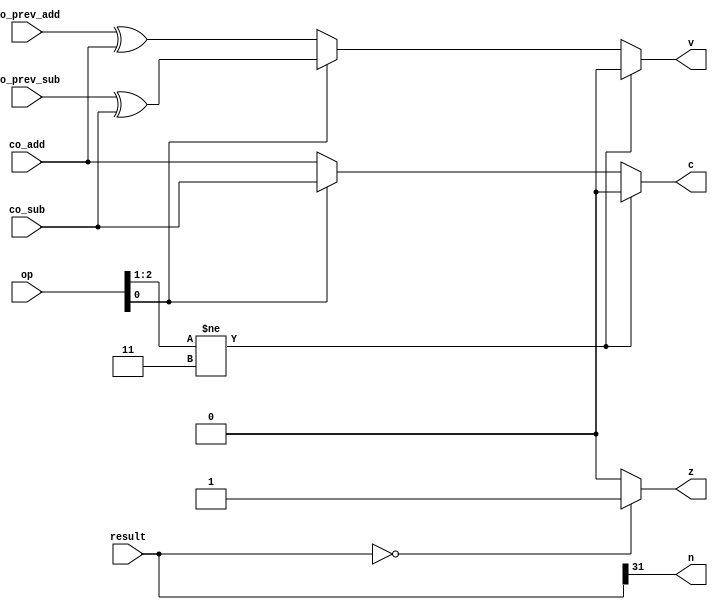
module cal_flags32(op, result, co_add, co_prev_add, co_sub, co_prev_sub,c,n,z,v); // this module's goal is to find and print c,n,z,v
input [2:0] op; // define 3 bits input op. it means op code 
input [31:0] result; // define 32 bits input result 
input co_add, co_prev_add, co_sub, co_prev_sub; // define input co_add, co_sub, co_prev_add, co_prev_sub 
output c,n,z,v; // define output c,n,z,v

// c == carry out
// c = 110 -> co_add / c = 111 -> co_sub
assign c = (op[2:1] != 2'b11) ? 1'b0 : ((op[0] == 1'b0) ? co_add : co_sub);
// n == negative	
// sign bit of the result = result[31]
assign n = result[31];
// z == zero
// z = 1 means all bit is zero if there is even one zero, then z = 0
assign z = (result[31:0] == 32'h0000_0000) ? 1'b1 : 1'b0;
// v == overflow
// v = 110 -> co_add^co_prev_add / v = 111 -> co_sub^co_prev_sub
assign v = (op[2:1] != 2'b11) ? 1'b0 : ((op[0] == 1'b0) ? co_prev_add^co_add : co_prev_sub^co_sub);

endmodule // end of module